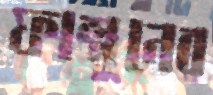
ফাল্গুনের